Statistical return of the lunatic asylum in Assam - 1912-1932
Year: 1912
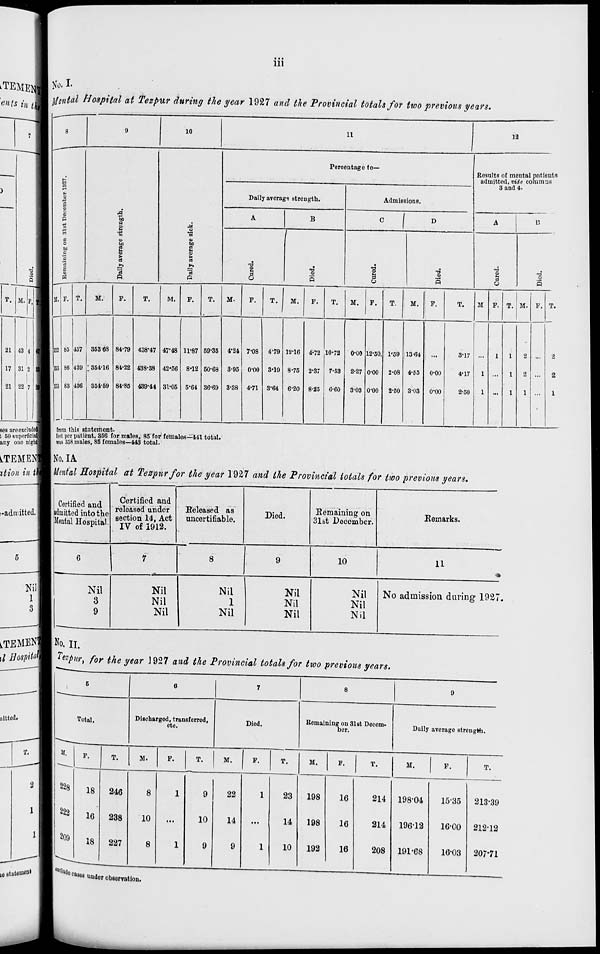
Ill
No. I.
ses are exclude
t 50 superficial
any one nighq
~~r
•" <""a
y«
' i un ib on v jrri wine tat v otat sjor two previous years •
8
9
10
11
12
Perceutago to—
o
Results of mental patients
admitted, vide columns
3 and 4<
P
§
6
0
H
CO
1 i
Doily average strength.
Admissions.
A
B
C
I
D
A
U
a
o
to
a
1 'a a
3
bo
1
f
|
I
•3
o
13
5
I
-a
CD
8
T5
3
o
s
11. F. T.
M.
P.
T.
M.
F.
T.
M.
F.
T.
i
M.
F.
T.
M.
F.
T.
M.
F.
T.
M P. T. M. F. T.
153 85 437 35368 84-79 438-47 47*48 11-87 59-35 4-24 7-03 4-79 12-16 4-72 10-72
o-oo 12-50, I'M 13-64
8-17
1
1
2
2
153 86 439 ; 354-16 84-22 438-38 42-56 8-12 60-68 3-95 o-oo 3*19 8-75 2-37 7-53 2-27 0-00 2-08 4-55 o-oo
4-17
1
1
2
2
153 83 436 354-59 84-85 439-44 31-05 5-64 36-69 3-38 4-71 3'64 6-20 8-25 6-60 3-03 o-oo 2-50 3-03 o-oo
2-50
1 ...
1
1 ...
1
(eet per patient, 856 for males, 85 for fomalcs—441 total.
m 358 males, 88 females—443 total.
No.IA
Mental Bospital at Tezpnrfor the year 1927 and the Provincial totals for two previous years.
Certified and
admitted into the
Mental Hospital.
Certified and
released under
section 14, Act
IV of 1912.
Released as
uncertifiable.
Died.
Remaining on
31st December.
8
Remarks.
Nil
3
9
Nil
Nil
Nil
Nil
1
Nil
10
11
Nil
Nil
Nil
Nil
Nil
Nil
No admission during 1927.
LTEMENTB NO. H <
,rfi^J h^for the year J927 and the Provincial totals for two previous years.
Total.
Discharged, transferred,
etc.
222
209
F.
18
16
18
Died.
M.
Remaining on 31st Decem-
ber.
T.
M.
Daily average streugtti.
T.
246
238
227
8
10
8
1
9
10
1
9
22
14
23
14
10
ca ws under observation.
M.
F.
T.
198
16
214
198
16
214
192
16
208